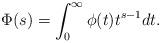
LaTeX: \begin{align*} \Phi(s) = \int_{0}^{\infty} \phi(t) t^{s-1} dt. \end{align*}